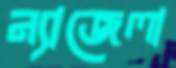
ন্যাজেলা